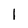
Character: l